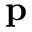
\mathbf p